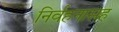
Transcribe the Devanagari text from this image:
निर्वहनासह